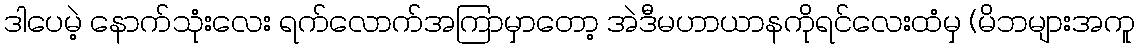
ဒါပေမဲ့ နောက်သုံးလေး ရက်လောက်အကြာမှာတော့ အဲဒီမဟာယာနကိုရင်လေးထံမှ (မိဘများအကူ